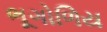
ભૂગોળિય